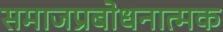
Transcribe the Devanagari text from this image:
समाजप्रबोधनात्मक